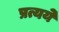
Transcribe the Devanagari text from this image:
प्रत्यये